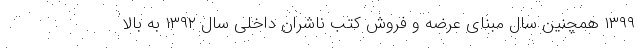
۱۳۹۹ همچنین سال مبنای عرضه و فروش کتب ناشران داخلی سال ۱۳۹۲ به بالا